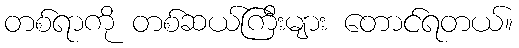
တစ်ရာကို တစ်ဆယ်ကြီးများ တောင်ရတယ်။